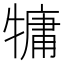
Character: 𤛑